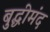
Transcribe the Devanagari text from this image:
बुद्धीमंद